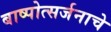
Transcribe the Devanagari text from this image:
बाष्पोत्सर्जनाचे